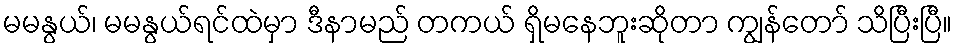
မမနွယ်၊ မမနွယ်ရင်ထဲမှာ ဒီနာမည် တကယ် ရှိမနေဘူးဆိုတာ ကျွန်တော် သိပြီးပြီ။